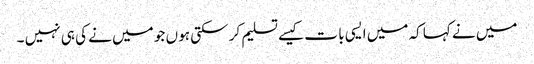
میں نے کہا کہ میں ایسی با ت کیسے تسلیم کر سکتی ہو ں جو میں نے کی ہی نہیں ۔